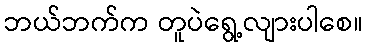
ဘယ်ဘက်က တူပဲရွေ့လျားပါစေ။